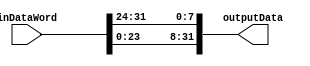
//Modu Kombinacyjny wykonujcy ROTL o 8 bitw.

module NeokeonROTL32by8fun(
	input wire [31:0] inDataWord, //Wejscie 32 bitowe magistrali danych
	output wire [31:0] outputData //Wyjscie 32 bitowe magistrali danych
);
//test z tb przeszedl prawidlowo


assign outputData = {inDataWord[23:0],inDataWord[31:24]};


endmodule